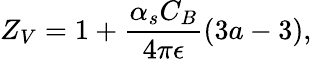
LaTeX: Z_{V}=1+\frac{\alpha_{s}C_{B}}{4\pi\epsilon}(3a-3),